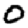
Digit: 0